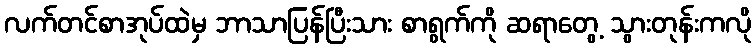
လက်တင်စာအုပ်ထဲမှ ဘာသာပြန်ပြီးသား စာရွက်ကို ဆရာတွေ့ သွားတုန်းကလို